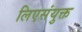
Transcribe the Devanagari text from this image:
लिएसंयुक्त